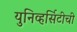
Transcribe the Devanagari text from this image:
युनिव्हर्सिटीची